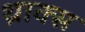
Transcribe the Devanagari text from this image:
थ्राक्स